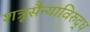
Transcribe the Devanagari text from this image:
शत्रूसैन्याविरुद्ध